Civil Veterinary Department Bihar & Orissa reports 1929-36 - 1929-1936
Year: 1929
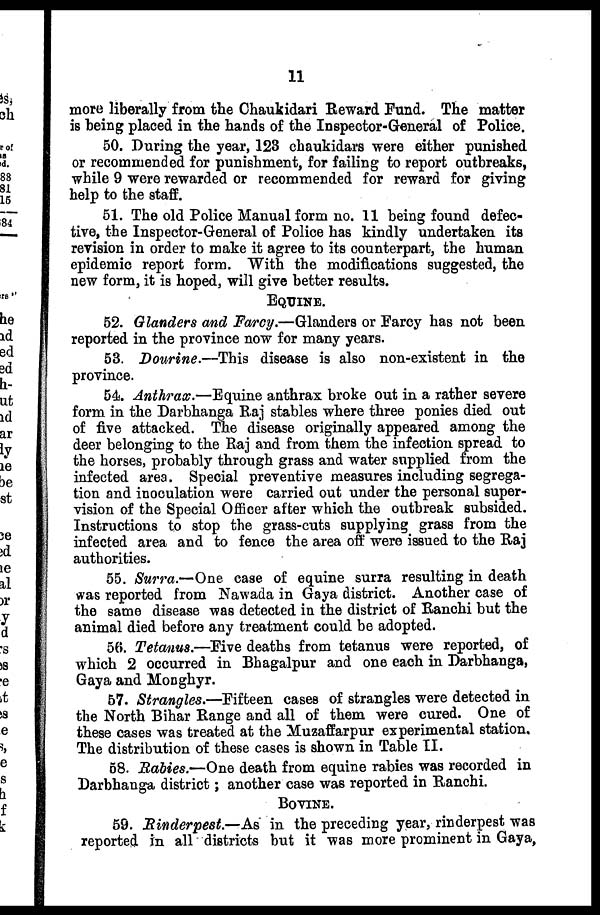
11
more liberally from the Chaukidari Reward Fund. The matter
is being placed in the hands of the Inspector-General of Police.
50. During the year, 123 chaukidars were either punished
or recommended for punishment, for failing to report outbreaks,
while 9 were rewarded or recommended for reward for giving
help to the staff.
51. The old Police Manual form no. 11 being found defec-
tive, the Inspector-General of Police has kindly undertaken its
revision in order to make it agree to its counterpart, the human
epidemic report form. With the modifications suggested, the
new form, it is hoped, will give better results.
EQUINE.
52. Glanders and Farcy.—Glanders or Farcy has not been
reported in the province now for many years.
53. Dourine.—This disease is also non-existent in the
province.
54. Anthrax.—Equine anthrax broke out in a rather severe
form in the Darbhanga Raj stables where three ponies died out
of five attacked. The disease originally appeared among the
deer belonging to the Raj and from them the infection spread to
the horses, probably through grass and water supplied from the
infected area. Special preventive measures including segrega-
tion and inoculation were carried out under the personal super-
vision of the Special Officer after which the outbreak subsided.
Instructions to stop the grass-cuts supplying grass from the
infected area and to fence the area off were issued to the Raj
authorities.
55. Surra.—One case of equine surra resulting in death
was reported from Nawada in Gaya district. Another case of
the same disease was detected in the district of Ranchi but the
animal died before any treatment could be adopted.
56. Tetanus.—Five deaths from tetanus were reported, of
which 2 occurred in Bhagalpur and one each in Darbhanga,
Gaya and Monghyr.
57. Strangles.—Fifteen cases of strangles were detected in
the North Bihar Range and all of them were cured. One of
these cases was treated at the Muzaffarpur experimental station.
The distribution of these cases is shown in Table II.
58. Rabies.—One death from equine rabies was recorded in
Darbhanga district; another case was reported in Ranchi.
BOVINE.
59. Rinderpest—As in the preceding year, rinderpest was
reported in all districts but it was more prominent in Gaya,